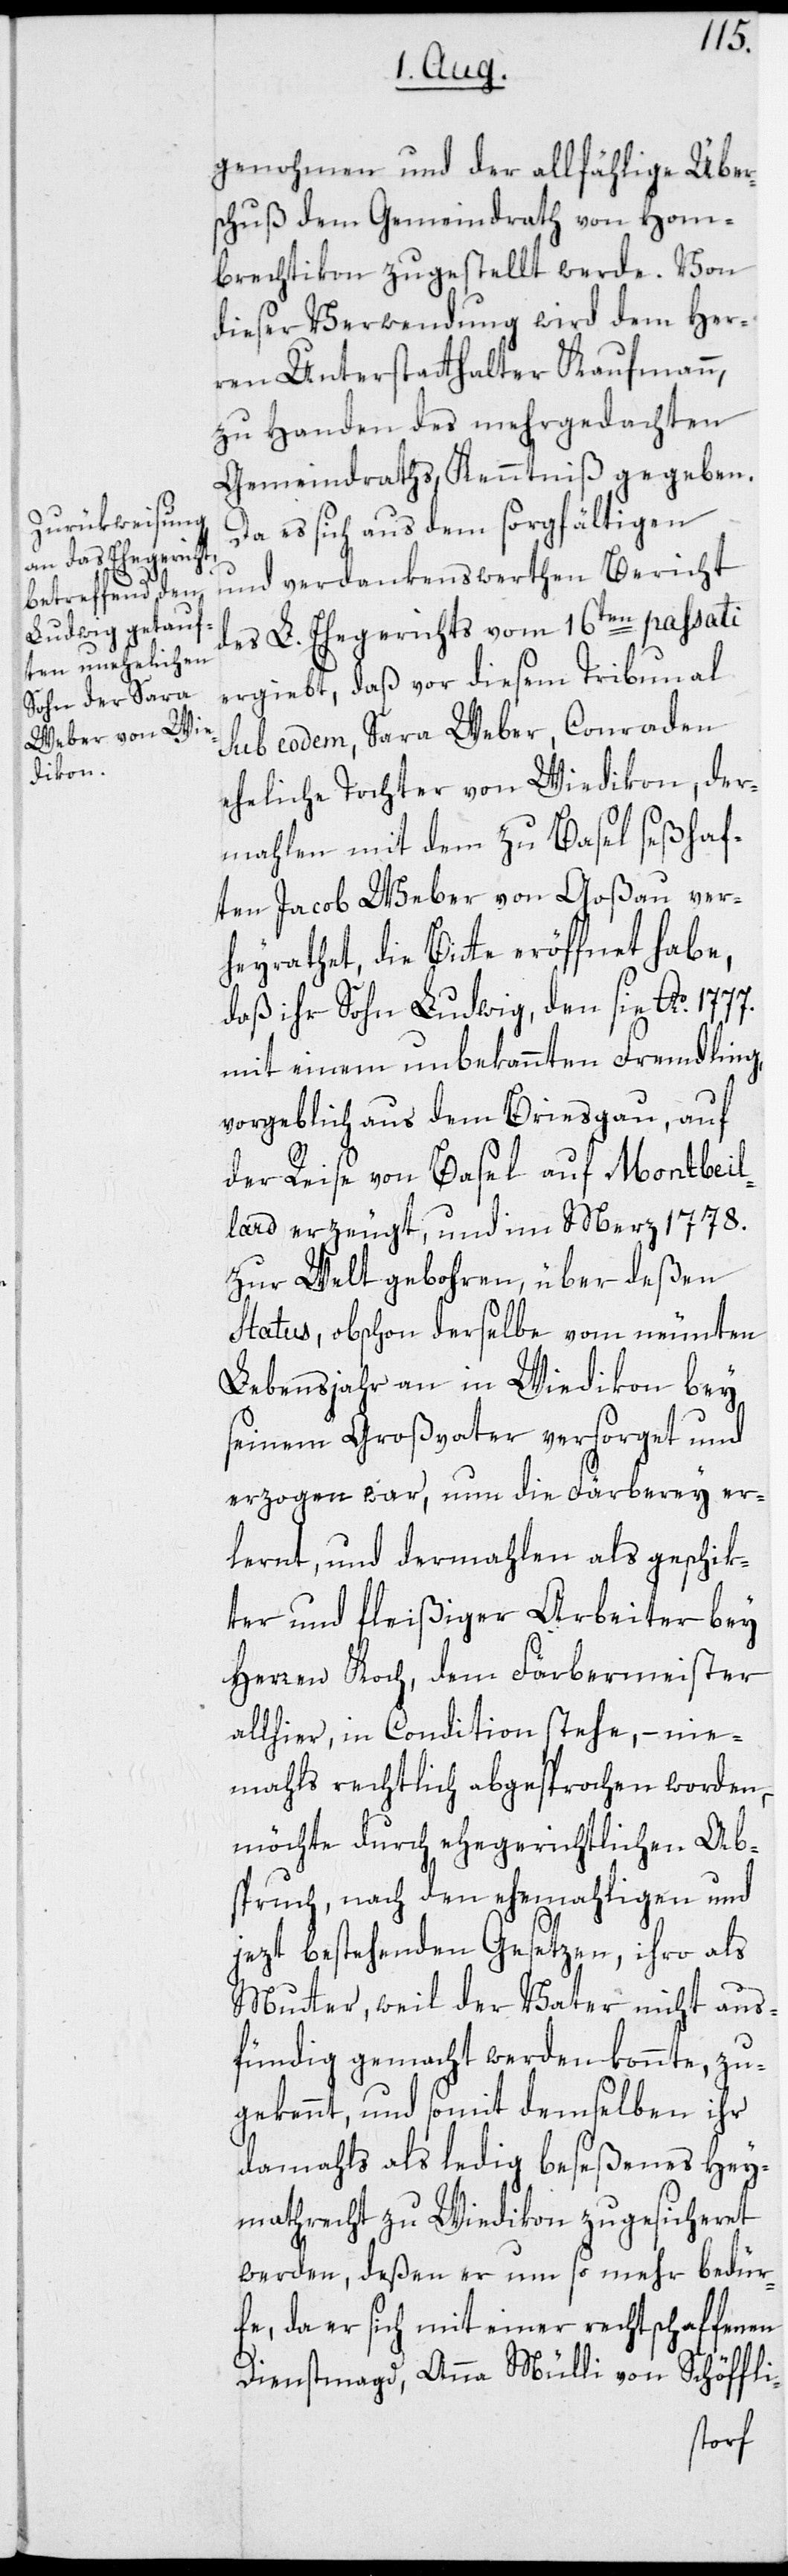
genohmen und der allfählige Über¬
schuß dem Gemeindrath von Hom¬
brechtikon zugestellt werde. Von
dieser Verwendung wird dem Her¬
ren Unterstatthalter Kaufmann,
zu Handen des mehrgedachten
Gemeindraths, Kenntniß gegeben.
Da es sich aus dem sorgfältigen
und verdankenswerthen Bericht
des L. Ehegerichts vom 16ten passati
ergiebt, daß vor diesem Tribunal
sub eodem, Sara Weber, Conraden
eheliche Tochter von Wiedikon, der¬
mahlen mit dem zu Basel seßhaf¬
ten Jacob Weber von Goßau ver¬
heyrathet, die Bitte eröffnet habe,
daß ihr Sohn Ludwig, den sie Ao 1777.
mit einem unbekannten Fremdling,
vorgeblich aus dem Briesgau, auf
der Reise von Basel auf Montbeil¬
lard erzeugt, und im Merz 1778.
zur Welt gebohren, über deßen
Status, obschon derselbe vom neunten
Lebensjahr an in Wiedikon bey
seinem Großvater versorget und
erzogen war, nun die Färberey er¬
lernt, und dermahlen als geschik¬
ter und fleißiger Arbeiter bey
Herren Koch, dem Färbermeister
allhier, in Condition stehe, – nie¬
mahls rechtlich abgesprochen worden,
möchte durch ehegerichtlichen Ab¬
spruch, nach den ehemahligen und
jezt bestehenden Gesetzen, ihro als
Mutter, weil der Vater nicht aus¬
fündig gemacht werden konnte, zu¬
gekennt, und somit demselben ihr
damahls als ledig beseßenes Hey¬
mathrecht zu Wiedikon zugesicheret
werden, deßen er um so mehr bedür¬
fe, da er sich mit einer rechtschaffenen
Dienstmagd, Anna Mülli von Schöffli-